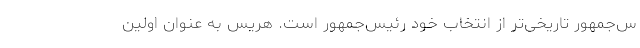
س‌جمهور تاریخی‌تر از انتخاب خود رئیس‌جمهور است. هریس به عنوان اولین